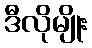
ဒီလိုမျိုး